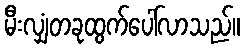
မီးလျှံတခုထွက်ပေါ်လာသည်။